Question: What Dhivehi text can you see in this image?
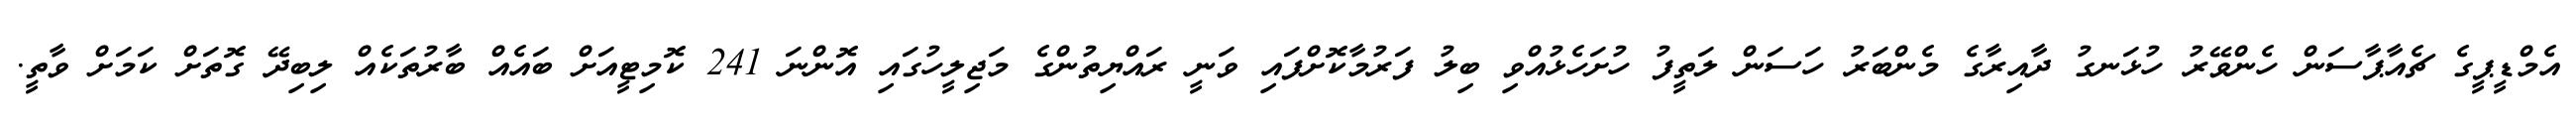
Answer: އެމްޑީޕީގެ ޗެއާޕާސަން ހެންވޭރު ހުޅަނގު ދާއިރާގެ މެންބަރު ހަސަން ލަތީފު ހުށަހެޅުއްވި ބިލު ފަރުމާކޮށްފައި ވަނީ ރައްޔިތުންގެ މަޖިލީހުގައި އޮންނަ 241 ކޮމިޓީއަށް ބައެއް ބާރުތަކެއް ލިބިދޭ ގޮތަށް ކަމަށް ވާތީ.